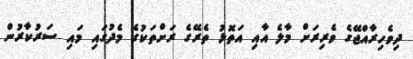
ދިވެހިރާއްޖޭގެ ވެރިރަށް މާލެ އާއި އަތޮޅު ތެރޭގެ ރަށްތަކުގެ މެދުގައި މައި ސަރުކާރުން